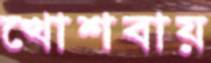
খোশবায়